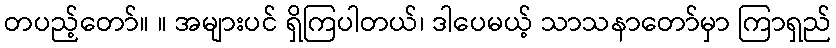
တပည့်တော်။ ။ အများပင် ရှိကြပါတယ်၊ ဒါပေမယ့် သာသနာတော်မှာ ကြာရှည်